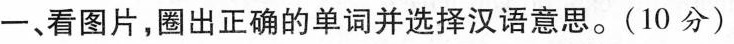
一、看图片,圈出正确的单词并选择汉语意思.(10 分)